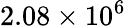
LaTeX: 2.08\times 10^{6}